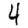
Digit: 4